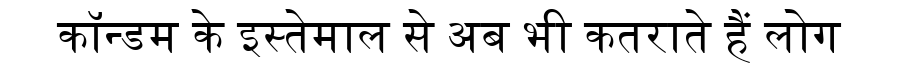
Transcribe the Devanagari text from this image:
कॉन्डम के इस्तेमाल से अब भी कतराते हैं लोग